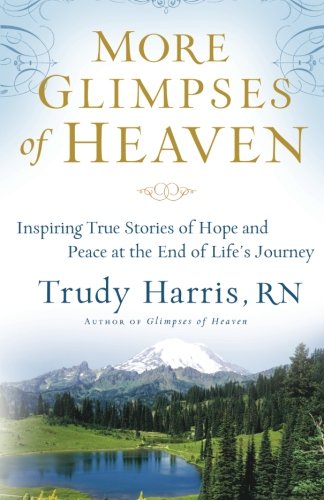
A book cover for More Glimpses of Heaven: Inspiring True Stories of Hope and Peace at the End of Life's Journey; Trudy RN Harris; Christian Books & Bibles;